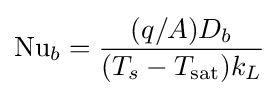
\mathrm {Nu} _{b}={\frac {(q/A)D_{b}}{(T_{s}-T_{\mathrm {sat} })k_{L}}}